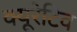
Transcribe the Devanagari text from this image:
क्यूरेटिव